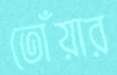
তোঁয়ার